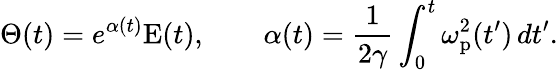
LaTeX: \Theta(t)=e^{\alpha(t)}\mathrm{E}(t),\qquad\alpha(t)=\frac{1}{2\gamma}\int_{0}^{t}\omega_{\mathrm{p}}^{2}(t^{\prime})\, dt^{\prime}.